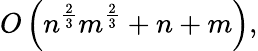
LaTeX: O\left(n^{\frac{2}{3}}m^{\frac{2}{3}}+n+m\right),